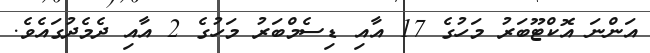
އަންނަ އޮކްޓޫބަރު މަހުގެ 17 އާއި ޑިސެމްބަރު މަހުގެ 2 އާއި ދެމެދުގައެވެ.